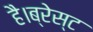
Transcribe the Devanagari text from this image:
है।ब्रेस्ट